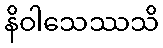
နိဝါသေဿသိ